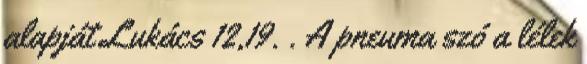
alapját Lukács 12,19. . A pneuma szó a lélek